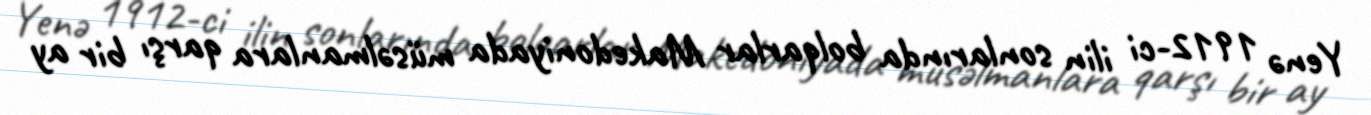
Yenə 1912-ci ilin sonlarında bolqarlar Makedoniyada müsəlmanlara qarşı bir ay